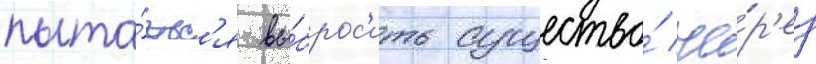
пыта́етс'я вы́брос'ить существо́ че́р'ез